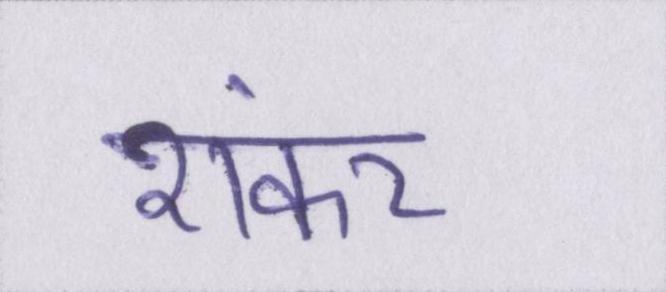
शंकर